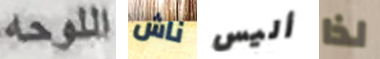
اللوحه ناش أليس لذا